King Institute of Preventive Medicine Micro-Biological Section reports 1912-19
Year: 1912
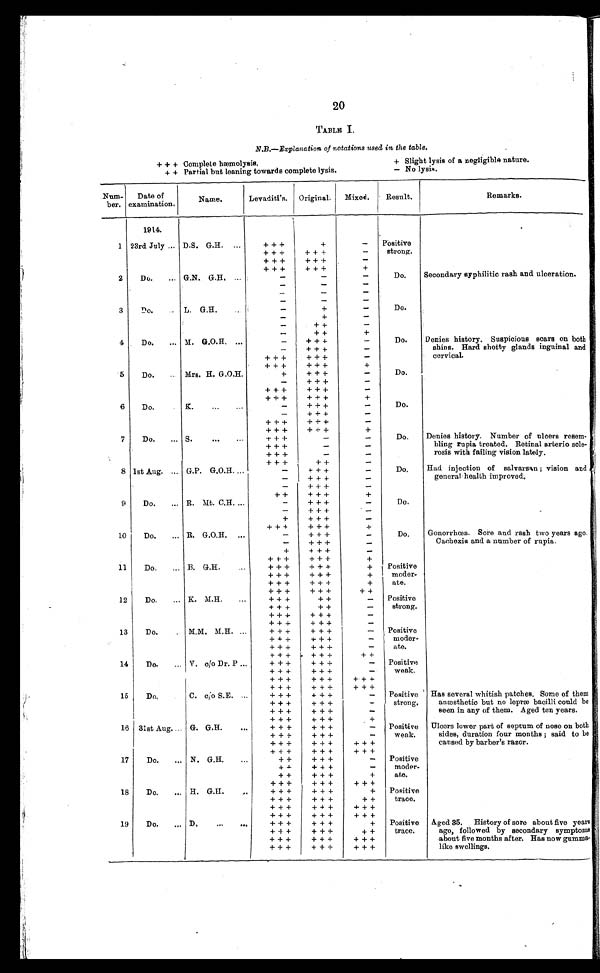
20
TABLE I.
N.B.—Explanation of notations used in the table.
+ + + Complete hæmolysis.
+ Slight lysis of a negligible nature.
+ + Partial but leaning towards complete lysis.
- No lysis.
Num-
ber.
Date of
examination.
Name.
Levaditi's.
Original.
Mixed.
Result.
Remarks.
1914.
1 23rd July
D.S. G.H.
+ + +
+
-
Positive
strong.
...
...
+ + +
+ + +
-
+++
+++
-
+ + +
+ + +
+
2
Do.
... G.N. G.H, ...
-
-
-
Do.
Secondary syphilitic rash and ulceration.
-
-
-
-
-
-
-
-
-
3
Do.
L. G.H.
_
+
-
Do.
-
-
+
-
-
++
-
-
+ +
+
4
Do.... M. G.O.H. ...
-
+ + +
-
Do.
Denies history. Suspicious soars on both
shins. Hard shotty glands inguinal and
cervical.
-
+ + +
-
+ + +
+ + +
-
+ + +
+ + +
+
5
Do.
.. Mrs. H. G.O.H.
+
+ + +
-
Do.
-
+++
-
+ + +
+ + +
-
+ + +
+ + +
+
6
Do.
. K.
...
...
-
+ + +
-
Do.
-
+++
-
+++
+++
+ + +
+ + +
+
7
Do.
... S.
...
...
+ + +
-
-
Do.
Denies history. Number of ulcers resem-
bling ru pia treated. Retinal arterio sole-
rosis with failing vision lately.
+ + +
-
-
+ + +
-
-
+ + +
+ +
-
8 1st Aug. ... G.P. G.O.H. ...
-
+ -
+ +
-
Do.
Had injection of salvarsan ; vision and
general health improved.
-
+ + +
-
-
+++
-
+ +
+ + +
+
9
Do.
... R. Mt. C.H. ...
-
+ + +
-
Do.
-
+++
-
+
+ + +
-
+++
+++
+
10
Do.
... R. G.O.H, ...
-
+ + +
-
Do.
Gonorrhoea. Sore and rash two years ago.
Cachexia and a number of rupia.
-
+ + +
-
+
+ + +
-
+ ++
+++
+
11
Do,
B. G.H.
+ + +
+ + +
+
Positive
mode-
ate.
+ + +
+ + +
+
+ + +
+++
+
+ + +
+ + +
+ +
12
Do.
... K. M.H.
..,
+ + +
+ +
-
Positive
strong.
+ + +
+ +
-
+ + +
+ + +
-
+ + +
+ + +
-
13
Do.
M.M. M.H. ...
+ + +
+ + +
-
Positive
moder
-
ate.
+++
+++
-
+ + +
+++
-
+ + +
+++
++
14
Do.
... V, c/o Dr. P ...
+ + +
+ + +
-
Positive
weak.
+++
+++
-
+ + +
+ + +
+ + +
+ + +
+ + +
+ + +
15
Do,
C. c/o S.E. ...
+ + +
+ + +
-
Positive
strong.
Has several whitish patches. Some of them
anmsthetic but no leprm bacilli could be
seen in any of them. Aged ten years.
+ + +
+ + +
-
+ + +
+ + +
-
++ +
+ + +
+
16 31st Aug.... G. G.H.
...
+ + +
+ + +
-
Positive
weak.
Ulcers lower part of septum of nose on both
sides, duration four months ; said to be
caused by barber's razor.
+ + +
+ + +
-
+ + +
+ + +
+ + +
+ + +
+ + +
+ + +
17
Do.
... N. G.H.
...
+ +
+ + +
-
Positive
moder
-
ate.
+ +
+ + +
-
+ +
+ + +
+
+ + +
+ + +
+ + +
18
Do.
... H. G.H.
. . .
+ + +
+ + +
+
Positive
trace.
+ + +
+ + +
+ +
+++
+++
+++
+ + +
+ + +
+ + +
19
Do.
D....
...
+ + +
+ + +
+
Positive
trace.
Aged 35.
History of sore about five years
ago, followed by secondary symptoms
about five months after. Has now gumma.
like swellings.
+ + +
+ + +
+ +
+ + +
+ + +
+ + +
+ + +
+ + +
+ + +